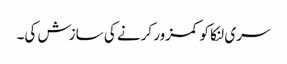
سری لنکا کو کمزور کرنے کی سازش کی۔